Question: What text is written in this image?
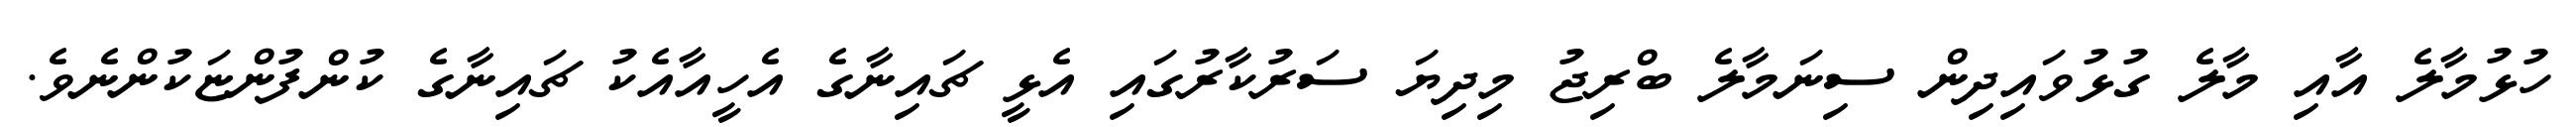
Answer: ހުޅުމާލެ އާއި މާލެ ގުޅުވައިދިން ސިނަމާލެ ބްރިޖު މިދިޔަ ސަރުކާރުގައި އެޅީ ޗައިނާގެ އެހީއާއެކު ޗައިނާގެ ކުންފުންޏަކުންނެވެ.